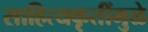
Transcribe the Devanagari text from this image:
साहित्यकृतींमुळे